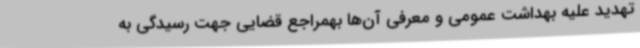
تهدید علیه بهداشت عمومی و معرفی آن‌ها بهمراجع قضایی جهت رسیدگی به